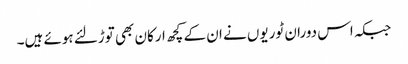
جبکہ اس دوران ٹوریوں نے ان کے کچھ ارکان بھی توڑلئے ہوئے ہیں۔